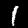
Digit: 1